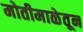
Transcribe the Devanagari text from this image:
मोतीमाळेतून